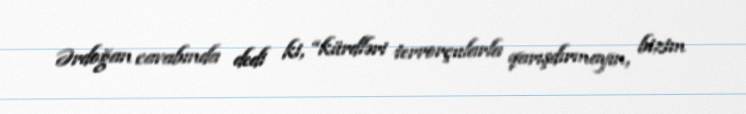
Ərdoğan cavabında dedi ki, “kürdləri terrorçularla qarışdırmayın, bizim